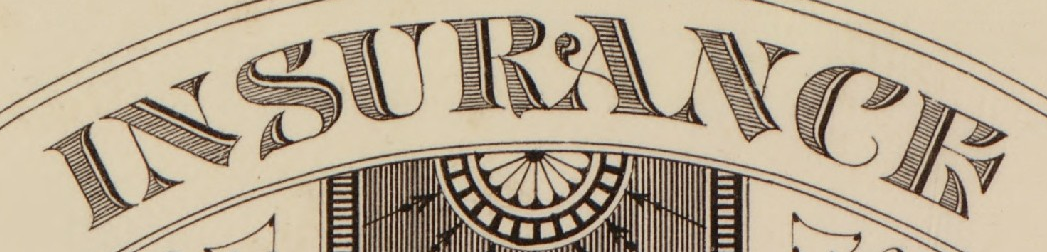
INSURANCE